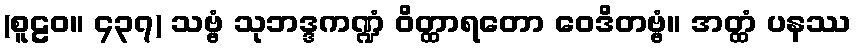
(စူဠဝ။ ၄၃၇) သဗ္ဗံ သုဘဒ္ဒကဏ္ဍံ ဝိတ္ထာရတော ဝေဒိတဗ္ဗံ။ အတ္ထံ ပနဿ